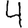
Digit: 4